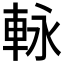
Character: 𮝊